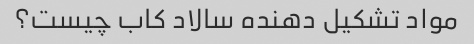
مواد تشکیل دهنده سالاد کاب چیست؟